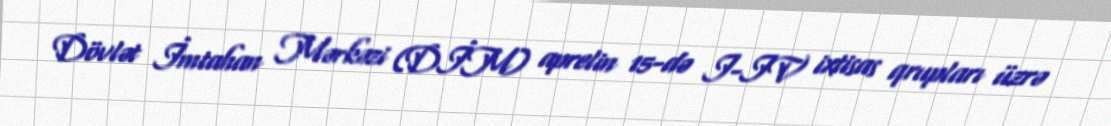
Dövlət İmtahan Mərkəzi (DİM) aprelin 15-də I-IV ixtisas qrupları üzrə